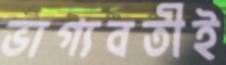
ভাগ্যবতীই